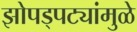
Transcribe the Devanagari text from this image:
झोपड्पट्यांमुळे